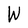
Character: W